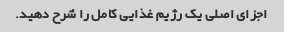
اجزای اصلی یک رژیم غذایی کامل را شرح دهید.